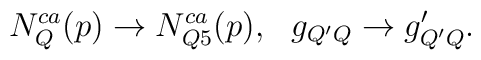
N_Q^{ca}(p) \rightarrow N_{Q5}^{ca}(p), \ \ g_{Q'Q} \rightarrow g'_{Q'Q}.